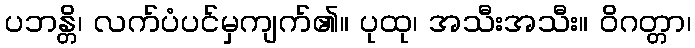
ပဘန္တိ၊ လက်ပံပင်မှကျက်၏။ ပုထု၊ အသီးအသီး။ ဝိဂတ္တာ၊